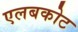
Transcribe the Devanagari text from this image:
एलबकोट